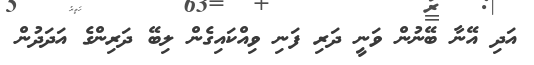
އަދި އޭނާ ބޭނުން ވަނީ ދަރި ފަނި ވިއްކައިގެން ލިބޭ ދަރިންގެ އަދަދުން